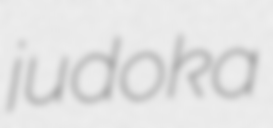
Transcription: judoka